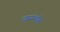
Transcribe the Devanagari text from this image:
जायथॉस